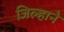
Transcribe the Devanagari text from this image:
जिल्हाने